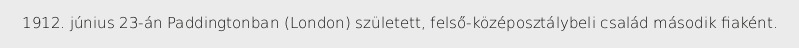
1912. június 23-án Paddingtonban (London) született, felső-középosztálybeli család második fiaként.